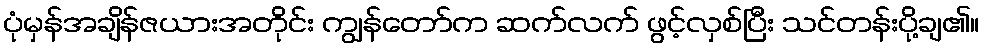
ပုံမှန်အချိန်ဇယားအတိုင်း ကျွန်တော်က ဆက်လက် ဖွင့်လှစ်ပြီး သင်တန်းပို့ချ၏။